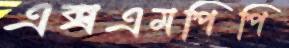
এক্সএমপিপি